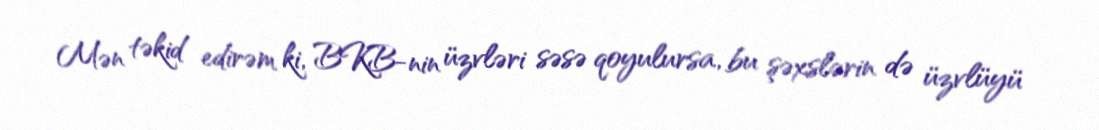
Mən təkid edirəm ki, BKB-nin üzvləri səsə qoyulursa, bu şəxslərin də üzvlüyü